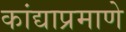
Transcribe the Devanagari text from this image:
कांद्याप्रमाणे